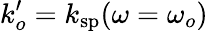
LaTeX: k_{o}^{\prime}=k_{\mathrm{sp}}(\omega=\omega_{o})